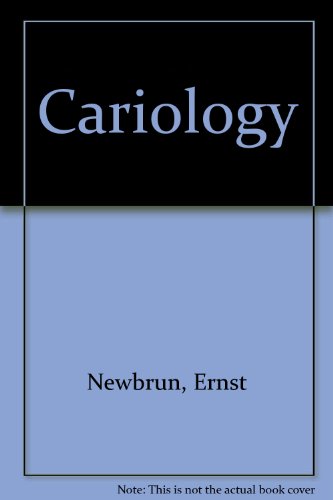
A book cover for Cariology; Ernest Newbrun; Medical Books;